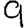
Digit: 9